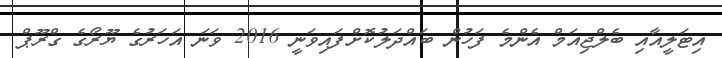
އިޓަލީއާއި ބެލްޖިއަމް އެންމެ ފަހުން ބައްދަލުކޮށްފައިވަނީ 2016 ވަނަ އަހަރުގެ ޔޫރޯގެ ގްރޫޕް